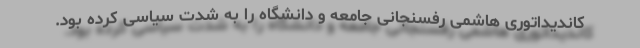
کاندیداتوری هاشمی رفسنجانی جامعه و دانشگاه را به شدت سیاسی کرده بود.